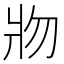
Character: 𰠐